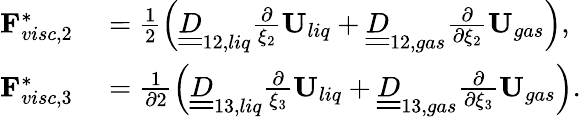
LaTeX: \begin{array}{rl}{\mathbf{F}_{visc,2}^{*}}&{{}=\frac{1}{2}\left(\underline{{\underline{{D}}}}_{12,liq}\frac{\partial}{\xi_{2}}\mathbf{U}_{liq}+\underline{{\underline{{D}}}}_{12,gas}\frac{\partial}{\partial\xi_{2}}\mathbf{U}_{gas}\right),}\\ {\mathbf{F}_{visc,3}^{*}}&{{}=\frac{1}{\partial 2}\left(\underline{{\underline{{D}}}}_{13,liq}\frac{\partial}{\xi_{3}}\mathbf{U}_{liq}+\underline{{\underline{{D}}}}_{13,gas}\frac{\partial}{\partial\xi_{3}}\mathbf{U}_{gas}\right).}\end{array}